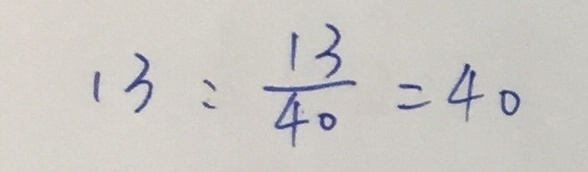
1 3 : \frac { 1 3 } { 4 0 } = 4 0